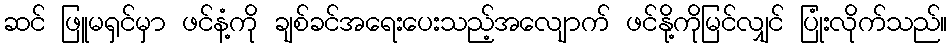
ဆင် ဖြူမရှင်မှာ ဖင်နံ့ကို ချစ်ခင်အရေးပေးသည့်အလျောက် ဖင်နို့ကိုမြင်လျှင် ပြုံးလိုက်သည်။